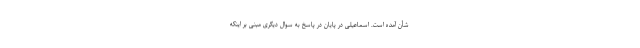
شأن آمده است. اسماعیلی در پایان در پاسخ به سوال دیگری مبنی بر اینکه